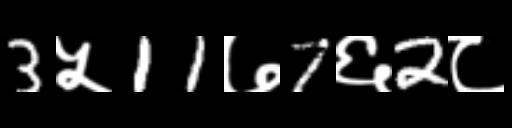
Text: 3५11७7६2८